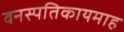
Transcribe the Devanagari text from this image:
वनस्पतिकायमाह